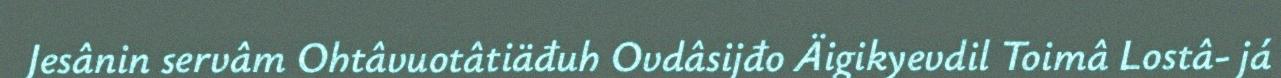
Jesânin servâm Ohtâvuotâtiäđuh Ovdâsijđo Äigikyevdil Toimâ Lostâ- já